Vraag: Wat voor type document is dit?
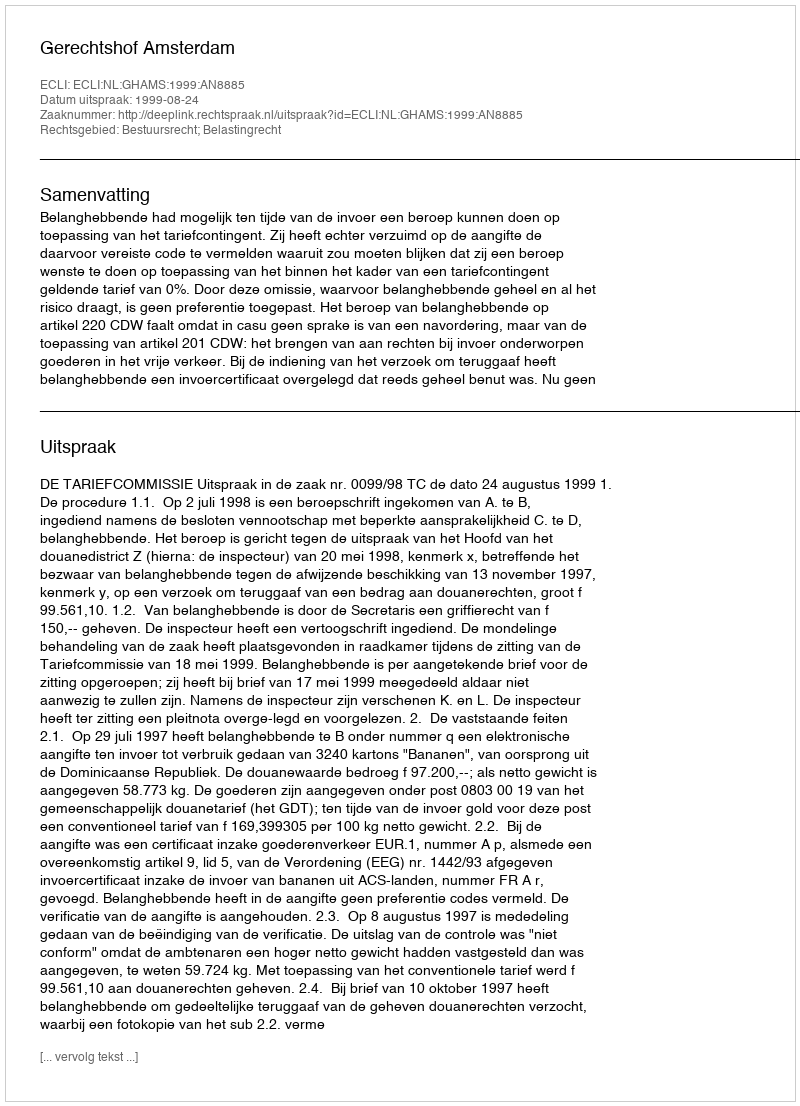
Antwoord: Uitspraak